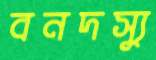
বনদস্যু